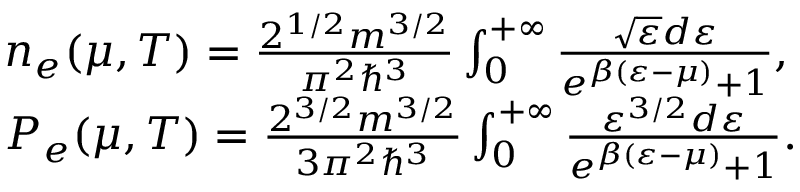
\begin{array} { r l } & { { n _ { e } ( \mu , T ) } = \frac { { { 2 ^ { 1 / 2 } } m { ^ { 3 / 2 } } } } { { { \pi ^ { 2 } } { \hbar ^ { 3 } } } } \int _ { 0 } ^ { + \infty } { \frac { { \sqrt { { \varepsilon } } d { \varepsilon } } } { { { e ^ { \beta ( { \varepsilon } - \mu ) } } + 1 } } } , } \\ & { { P _ { e } ( \mu , T ) } = \frac { { { 2 ^ { 3 / 2 } } m { ^ { 3 / 2 } } } } { { 3 { \pi ^ { 2 } } { \hbar ^ { 3 } } } } \int _ { 0 } ^ { + \infty } { \frac { { { { \varepsilon } ^ { 3 / 2 } } d { \varepsilon } } } { { { e ^ { \beta ( { \varepsilon } - { \mu } ) } } + 1 } } . } } \end{array}